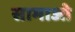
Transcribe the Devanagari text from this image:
सामाओ